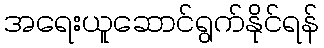
အရေးယူဆောင်ရွက်နိုင်ရန်